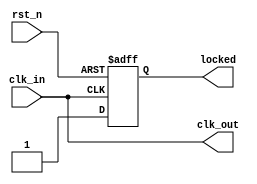
//****************************************************************************/
//  Nanorv32  CPU
//  RTL IMPLEMENTATION, Synchronous Version
//
//  Copyright (C) yyyy  Ronan Barzic - rbarzic@gmail.com
//
//  This program is free software; you can redistribute it and/or
//  modify it under the terms of the GNU General Public License
//  as published by the Free Software Foundation; either version 2
//  of the License, or (at your option) any later version.
//
//  This program is distributed in the hope that it will be useful,
//  but WITHOUT ANY WARRANTY; without even the implied warranty of
//  MERCHANTABILITY or FITNESS FOR A PARTICULAR PURPOSE.  See the
//  GNU General Public License for more details.
//
//  You should have received a copy of the GNU General Public License
//  along with this program; if not, write to the Free Software
//  Foundation, Inc., 51 Franklin Street, Fifth Floor, Boston,MA 02110-1301,USA.
//
//
//
//  Description     :  Clock generator for Nanorv32
//
//
//
//****************************************************************************/

// For simulation, we don't have to do anything special
// For the FPGA, version, this will be replaced by a custom file
module nanorv32_clkgen (/*AUTOARG*/
   // Outputs
   clk_out, locked,
   // Inputs
   clk_in, rst_n
   );

   input clk_in;
   output clk_out;
   output locked;
   input  rst_n;



   /*AUTOINPUT*/
   /*AUTOOUTPUT*/

   /*AUTOREG*/
   /*AUTOWIRE*/

   reg    locked;

   assign clk_out = clk_in;
   always @(posedge clk_in or negedge rst_n) begin
      if(rst_n == 1'b0) begin
         /*AUTORESET*/
         // Beginning of autoreset for uninitialized flops
         locked <= 1'h0;
         // End of automatics
      end
      else begin
         locked <= 1;
      end
   end



endmodule // nanorv32_clkgen
/*
 Local Variables:
 verilog-library-directories:(
 "."
 )
 End:
 */